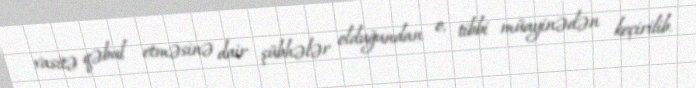
vasitə qəbul etməsinə dair şübhələr olduğundan o, tibbi müayinədən keçirilib.